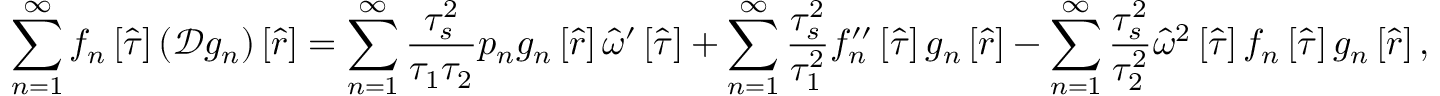
\sum _ { n = 1 } ^ { \infty } f _ { n } \left[ \hat { \tau } \right] \left( \mathcal { D } g _ { n } \right) \left[ \hat { r } \right] = \sum _ { n = 1 } ^ { \infty } \frac { \tau _ { s } ^ { 2 } } { \tau _ { 1 } \tau _ { 2 } } p _ { n } g _ { n } \left[ \hat { r } \right] \hat { \omega } ^ { \prime } \left[ \hat { \tau } \right] + \sum _ { n = 1 } ^ { \infty } \frac { \tau _ { s } ^ { 2 } } { \tau _ { 1 } ^ { 2 } } f _ { n } ^ { \prime \prime } \left[ \hat { \tau } \right] g _ { n } \left[ \hat { r } \right] - \sum _ { n = 1 } ^ { \infty } \frac { \tau _ { s } ^ { 2 } } { \tau _ { 2 } ^ { 2 } } \hat { \omega } ^ { 2 } \left[ \hat { \tau } \right] f _ { n } \left[ \hat { \tau } \right] g _ { n } \left[ \hat { r } \right] ,